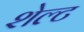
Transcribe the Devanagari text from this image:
शेल्ट